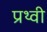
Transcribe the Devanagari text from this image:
प्रथ्‍वी